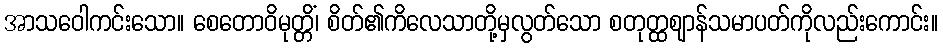
အာသဝေါကင်းသော။ စေတောဝိမုတ္တိံ၊ စိတ်၏ကိလေသာတို့မှလွတ်သော စတုတ္ထဈာန်သမာပတ်ကိုလည်းကောင်း။